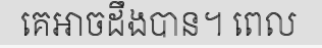
គេអាចដឹងបាន។ ពេល